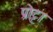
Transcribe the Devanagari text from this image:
प्रोट्टा